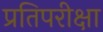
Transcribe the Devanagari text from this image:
प्रतिपरीक्षा